65_HS1-834228961_62-HQ-83894_Serial_438
Agency: FBI
Page 15
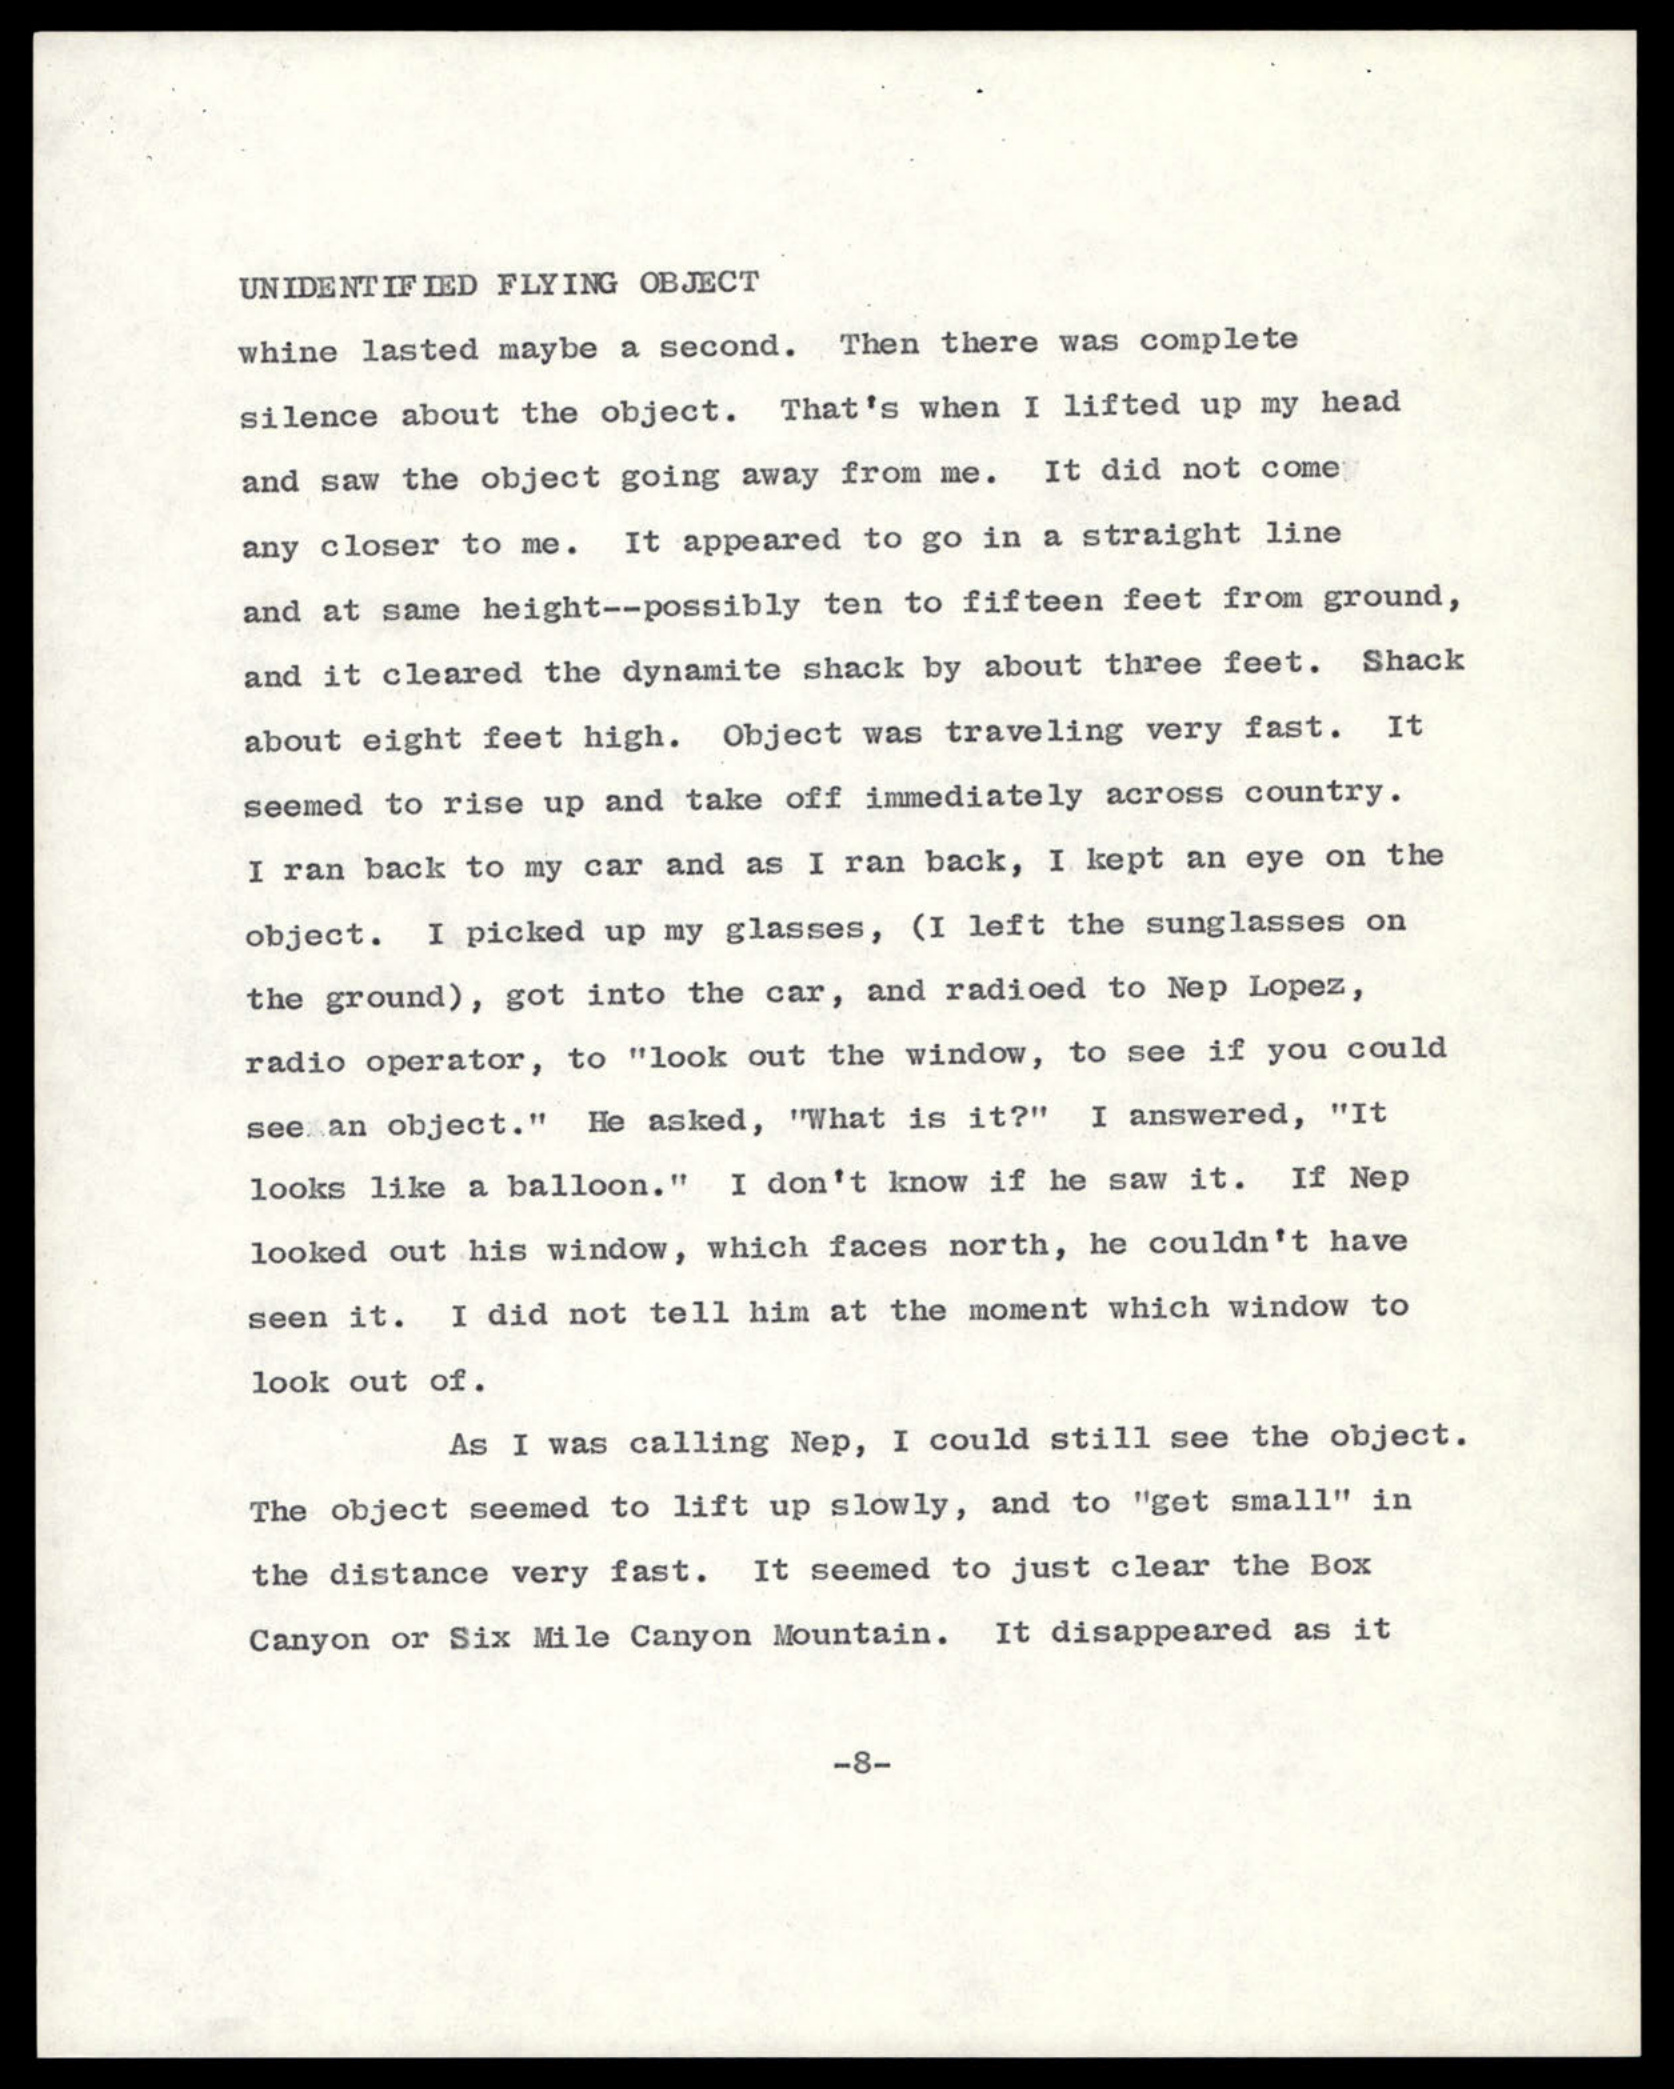